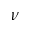
\nu